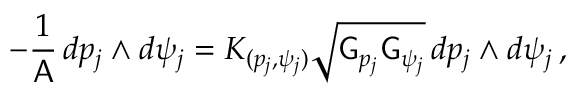
- \frac { 1 } { \mathsf { A } } \, d p _ { j } \wedge d \psi _ { j } = K _ { ( p _ { j } , \psi _ { j } ) } \sqrt { \mathsf { G } _ { p _ { j } } \mathsf { G } _ { \psi _ { j } } } \, d p _ { j } \wedge d \psi _ { j } \, ,